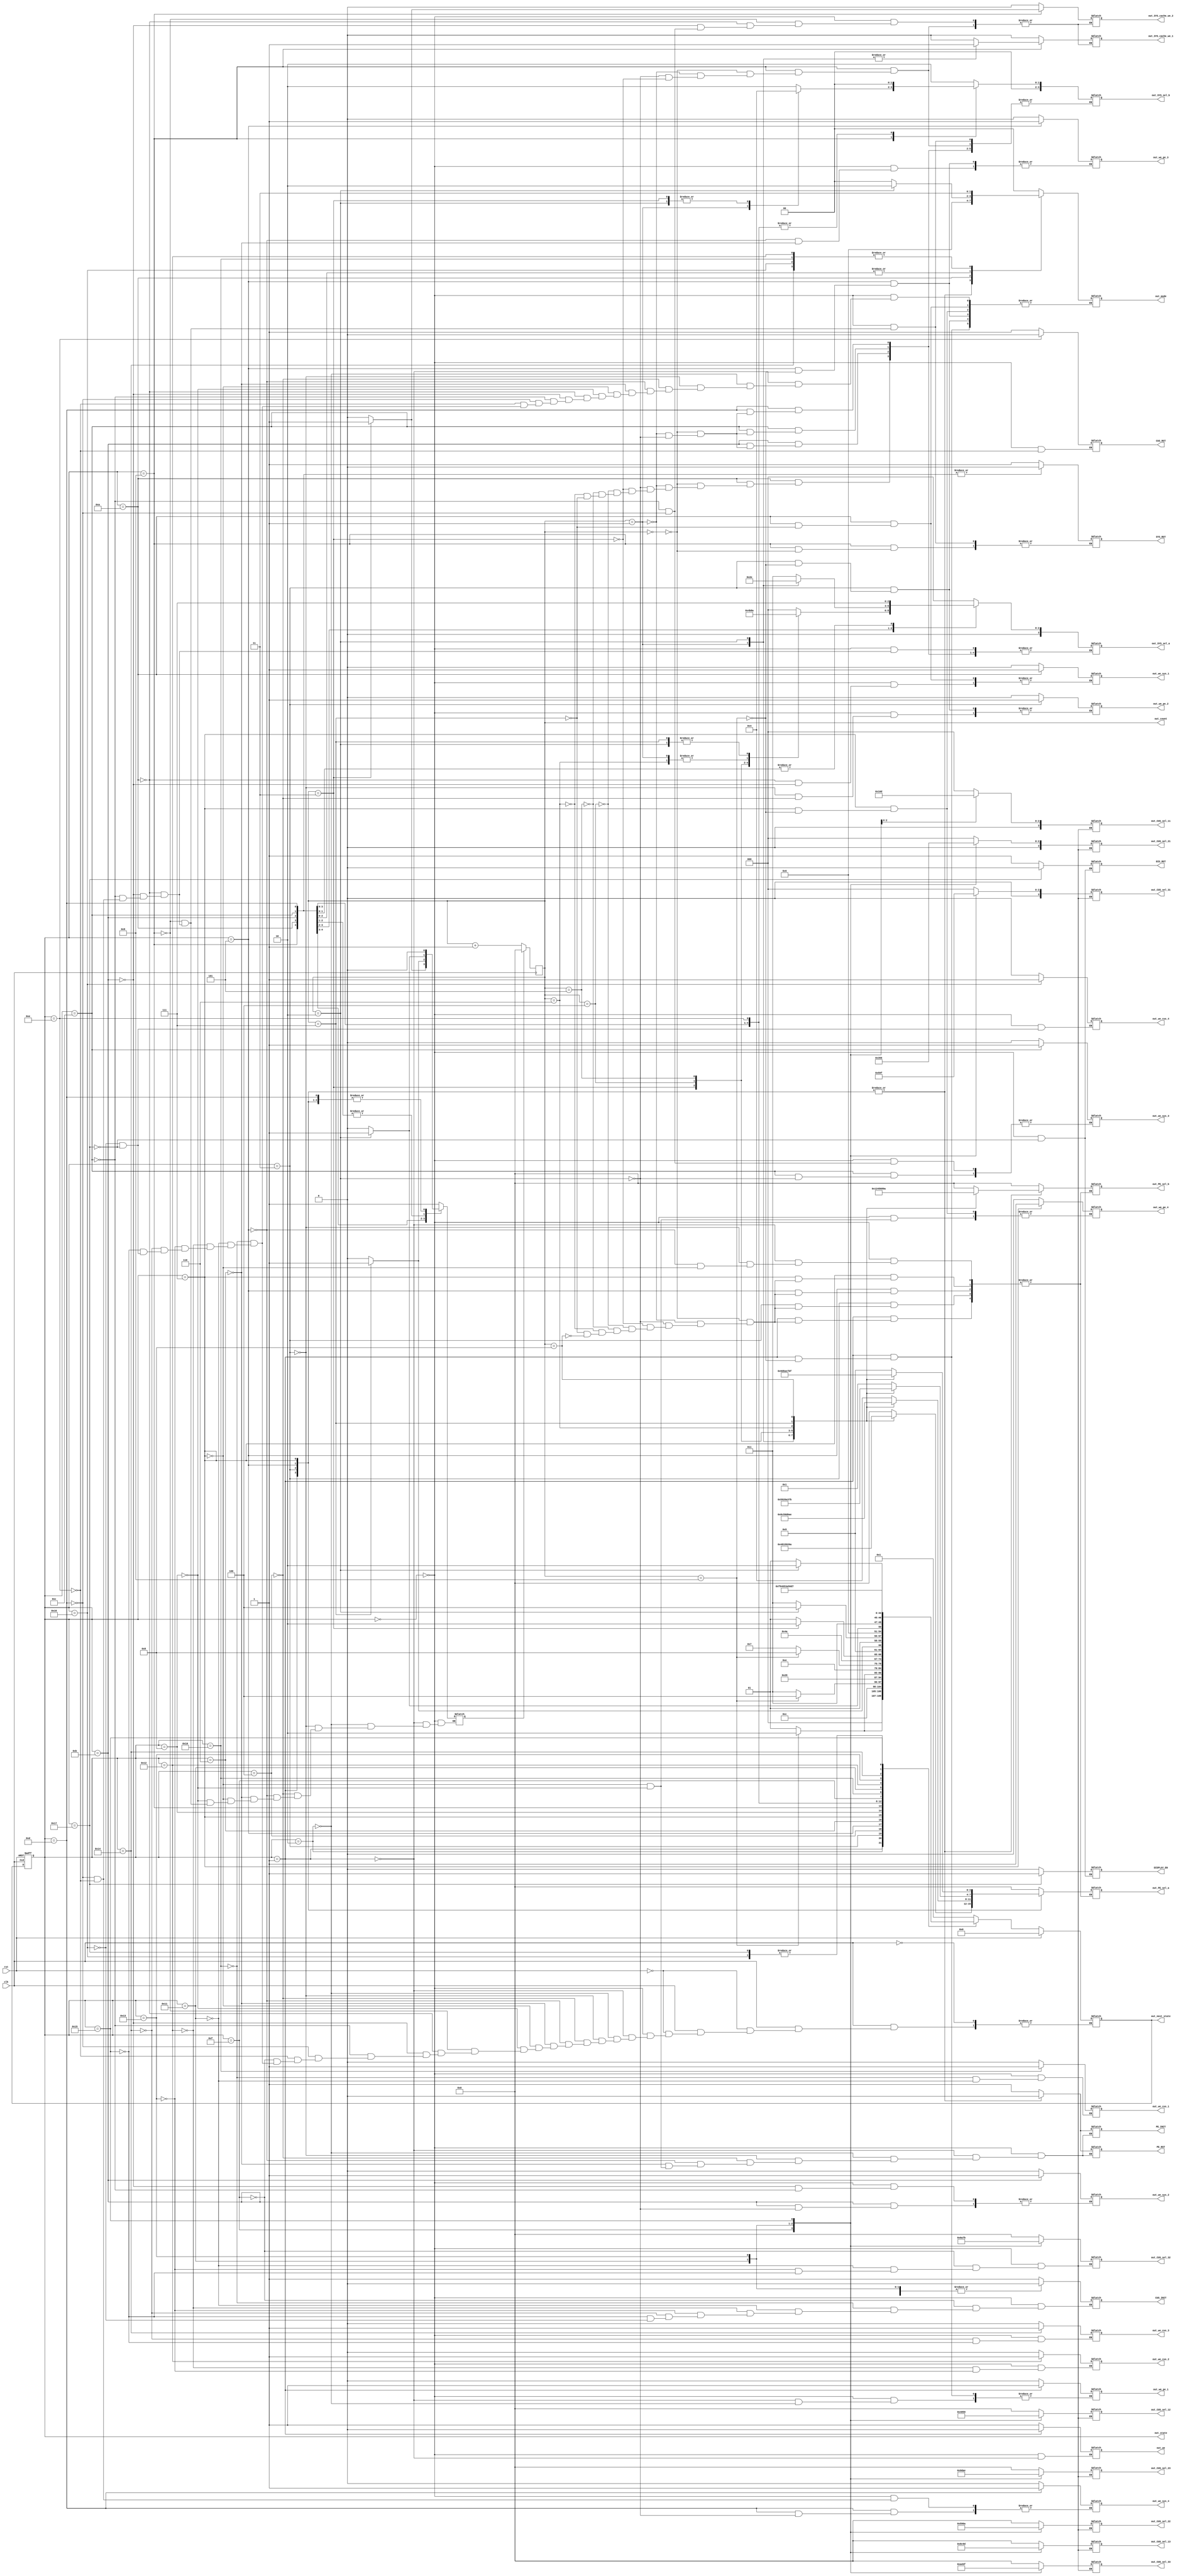
//Controller Module

module controller_module(
	input clk,
	input rst,
	
	output [3:0] out_count,
	output [4:0] out_state, out_next_state,
	output PE_INIT, CUS_INIT, PE_RST, SYS_RST, CUS_RST, DIS_RST,
	output out_SYS_cache_we_1,out_SYS_cache_we_2,
	output DISPLAY_EN,
	output [3:0] out_PE_sel_a, out_PE_sel_b,
		     out_SYS_sel_a, out_SYS_sel_b,
		     out_CUS_sel_11, out_CUS_sel_12, out_CUS_sel_13,
		     out_CUS_sel_21, out_CUS_sel_22, out_CUS_sel_23,
		     out_CUS_sel_31, out_CUS_sel_32, out_CUS_sel_33,
	output [1:0] out_mode,
	
	output out_we,
	output out_we_pe_1, out_we_pe_2, out_we_pe_3, out_we_pe_4,
	out_we_sys_1, out_we_sys_2, out_we_sys_3, out_we_sys_4,
	out_we_cus_1, out_we_cus_2, out_we_cus_3, out_we_cus_4);
	
	reg PE_en, SYS_en, CUS_en;
	reg DISPLAY_en, DIS_rst;
	reg PE_clear, PE_rst, SYS_clear, CUS_clear, CUS_rst;
	reg count_clear;
	reg [3:0]count;
	reg mem_write;
    	reg sys_to_dis, cus_to_dis;
    	reg comp_end;
	reg SYS_cache_we_1,SYS_cache_we_2;
	reg [3:0] PE_sel_a, PE_sel_b,
		  SYS_sel_a, SYS_sel_b,
		  CUS_sel_11, CUS_sel_12, CUS_sel_13,
		  CUS_sel_21, CUS_sel_22, CUS_sel_23,
		  CUS_sel_31, CUS_sel_32, CUS_sel_33;
	reg [1:0] mode;
	
	reg we;
	reg we_pe_1, we_pe_2, we_pe_3, we_pe_4,
	we_sys_1, we_sys_2, we_sys_3, we_sys_4,
	we_cus_1, we_cus_2, we_cus_3, we_cus_4;
	reg [4:0] state, next_state;
///////////////////////////////////////////////////////////////////////////////////////////////////////////////////////////////////////////////////
///////////////////////////////////////////////////////////////////////////////////////////////////////////////////////////////////////////////////
	//States
	parameter INITIAL = 5'd0,
		  PE_C11 = 5'd1, PE_C11_END= 5'd2, PE_C12 = 5'd3, PE_C12_END= 5'd4, PE_C21 = 5'd5, PE_C21_END= 5'd6, PE_C22 = 5'd7, PE_C22_END= 5'd8,
		  SYS_B_FIX = 5'd9, SYS_C11 = 5'd10, SYS_C12= 5'd11, SYS_C21 = 5'd12, SYS_C22= 5'd13, SYS_C22_END= 5'd14,
		  CUS_C11 = 5'd15, CUS_C11_END= 5'd16, CUS_C12 = 5'd17, CUS_C12_END= 5'd18, CUS_C21 = 5'd19, CUS_C21_END= 5'd20, CUS_C22 = 5'd21, CUS_C22_END= 5'd22,
		  DISPLAY = 5'd23;
///////////////////////////////////////////////////////////////////////////////////////////////////////////////////////////////////////////////////
///////////////////////////////////////////////////////////////////////////////////////////////////////////////////////////////////////////////////
	//Count for PE State
	always @ (posedge clk)
		begin
    			if (count_clear == 1'b1) 
				begin
        				count = 4'd0;
    				end 
			else 
				begin
        				count = count + 1'b1;
    				end
		end
///////////////////////////////////////////////////////////////////////////////////////////////////////////////////////////////////////////////////
///////////////////////////////////////////////////////////////////////////////////////////////////////////////////////////////////////////////////
	// Change_state  (Sequential Logic)
	always @ (posedge clk, posedge rst) 
		begin 
	    		if (rst == 1'b1) 
			begin
 	       			state <= INITIAL;
    			end
			else 
			begin
        			state <= next_state;
    			end
		end

///////////////////////////////////////////////////////////////////////////////////////////////////////////////////////////////////////////////////
///////////////////////////////////////////////////////////////////////////////////////////////////////////////////////////////////////////////////
	//Determine the next state
	always @ (clk, state, count) 
	begin
	
	if(clk == 1)
		begin
		if (rst == 1'b1)
			next_state = INITIAL;
		else
		begin
			case (state)
        		INITIAL : next_state = PE_C11;
        		//PE Computation States
        		PE_C11 : begin
            			if (count == 4'b1001) 
					begin
                				next_state = PE_C11_END;
            				end 
				else 
					begin
                				next_state = PE_C11;
            				end
        			end
       
			PE_C11_END : next_state = PE_C12;
			PE_C12 : begin
            			if (count == 4'b1001) 
					begin
                				next_state = PE_C12_END;
            				end 
				else 
					begin
                				next_state = PE_C12;
            				end
        			end

        		PE_C12_END : next_state = PE_C21;
			PE_C21 : begin
            			if (count == 4'b1001) 
					begin
                				next_state = PE_C21_END;
            				end 
				else 
					begin
                				next_state = PE_C21;
            				end
        			end
       
			PE_C21_END : next_state = PE_C22;
			PE_C22 : begin
            			if (count == 4'b1001) 
					begin
                				next_state = PE_C22_END;
            				end 
				else 
					begin
                				next_state = PE_C22;
            				end
        			end

        		PE_C22_END : next_state = SYS_B_FIX;
			//Systolic Computation States
			SYS_B_FIX : begin
            			if (count == 4'b0011) 
					begin
                				next_state = SYS_C11;
            				end 
				else 
					begin
                				next_state = SYS_B_FIX;
            				end
        			end
			
        		SYS_C11 : begin
            			if (count == 4'b0111) 
					begin
                				next_state = SYS_C12;
            				end 
				else 
					begin
                				next_state = SYS_C11;
            				end
        			end
       
			
			SYS_C12 : begin
            			if (count == 4'b0010) 
					begin
                				next_state = SYS_C21;
            				end 
				else 
					begin
                				next_state = SYS_C12;
            				end
        			end

        		
			SYS_C21 : begin
            			if (count == 4'b0010) 
					begin
                				next_state = SYS_C22;
            				end 
				else 
					begin
                				next_state = SYS_C21;
            				end
        			end
       
			
			SYS_C22 : begin
            			if (count == 4'b0010) 
					begin
                				next_state = SYS_C22_END;
            				end 
				else 
					begin
                				next_state = SYS_C22;
            				end
        			end

        		SYS_C22_END : next_state = CUS_C11;
			//Custom Mode Computation States
        		CUS_C11 : begin
                			next_state = CUS_C11_END;
        			end
       
			CUS_C11_END : next_state = CUS_C12;
			CUS_C12 : begin
                			next_state = CUS_C12_END;
        			end

        		CUS_C12_END : next_state = CUS_C21;
			CUS_C21 : begin
            			
                			next_state = CUS_C21_END;
            			
        			end
       
			CUS_C21_END : next_state = CUS_C22;
			CUS_C22 : begin
            			 	next_state = CUS_C22_END;
        			end

        		CUS_C22_END : next_state = DISPLAY;
			//Display
			DISPLAY : next_state = DISPLAY;
			
			endcase
			end
		end
	end
	/*always @ (state or count) //Due to Synthesis -> Divide the code of trigger(posedge clk / state or count)
	begin
		if (rst == 1'b1)
			next_state = INITIAL;
		else
		begin
			case (state)
        		INITIAL : next_state = PE_C11;
        		//PE Computation States
        		PE_C11 : begin
            			if (count == 4'b1001) 
					begin
                				next_state = PE_C11_END;
            				end 
				else 
					begin
                				next_state = PE_C11;
            				end
        			end
       
			PE_C11_END : next_state = PE_C12;
			PE_C12 : begin
            			if (count == 4'b1001) 
					begin
                				next_state = PE_C12_END;
            				end 
				else 
					begin
                				next_state = PE_C12;
            				end
        			end

        		PE_C12_END : next_state = PE_C21;
			PE_C21 : begin
            			if (count == 4'b1001) 
					begin
                				next_state = PE_C21_END;
            				end 
				else 
					begin
                				next_state = PE_C21;
            				end
        			end
       
			PE_C21_END : next_state = PE_C22;
			PE_C22 : begin
            			if (count == 4'b1001) 
					begin
                				next_state = PE_C22_END;
            				end 
				else 
					begin
                				next_state = PE_C22;
            				end
        			end

        		PE_C22_END : next_state = SYS_B_FIX;
			//Systolic Computation States
			SYS_B_FIX : begin
            			if (count == 4'b0011) 
					begin
                				next_state = SYS_C11;
            				end 
				else 
					begin
                				next_state = SYS_B_FIX;
            				end
        			end
			
        		SYS_C11 : begin
            			if (count == 4'b0111) 
					begin
                				next_state = SYS_C12;
            				end 
				else 
					begin
                				next_state = SYS_C11;
            				end
        			end
       
			
			SYS_C12 : begin
            			if (count == 4'b0010) 
					begin
                				next_state = SYS_C21;
            				end 
				else 
					begin
                				next_state = SYS_C12;
            				end
        			end

        		
			SYS_C21 : begin
            			if (count == 4'b0010) 
					begin
                				next_state = SYS_C22;
            				end 
				else 
					begin
                				next_state = SYS_C21;
            				end
        			end
       
			
			SYS_C22 : begin
            			if (count == 4'b0010) 
					begin
                				next_state = SYS_C22_END;
            				end 
				else 
					begin
                				next_state = SYS_C22;
            				end
        			end

        		SYS_C22_END : next_state = CUS_C11;
			//Custom Mode Computation States
        		CUS_C11 : begin
                			next_state = CUS_C11_END;
        			end
       
			CUS_C11_END : next_state = CUS_C12;
			CUS_C12 : begin
                			next_state = CUS_C12_END;
        			end

        		CUS_C12_END : next_state = CUS_C21;
			CUS_C21 : begin
            			
                			next_state = CUS_C21_END;
            			
        			end
       
			CUS_C21_END : next_state = CUS_C22;
			CUS_C22 : begin
            			 	next_state = CUS_C22_END;
        			end

        		CUS_C22_END : next_state = DISPLAY;
			//Display
			DISPLAY : next_state = DISPLAY;
			
			endcase
		end
	end*/

///////////////////////////////////////////////////////////////////////////////////////////////////////////////////////////////////////////////////
///////////////////////////////////////////////////////////////////////////////////////////////////////////////////////////////////////////////////
//Determine the select bit & behavior
	always @ (state or count)
		begin 
    			case (state)
        			INITIAL : 
					begin
						we = 1'b1;
						PE_en = 1'b0; PE_clear = 1'b1; PE_rst=1'b1;
            					SYS_en = 1'b0; SYS_clear = 1'b1;
            					CUS_en = 1'b0; CUS_clear = 1'b1; CUS_rst = 1'b1;
            					DISPLAY_en = 1'b0; DIS_rst = 1'b1;
            					PE_sel_a = 4'b0000; PE_sel_b = 4'b0000;
						SYS_cache_we_1 = 1'b0; SYS_cache_we_2 = 1'b0;
						SYS_sel_a = 4'b0000; SYS_sel_b = 4'b0010;
		  				CUS_sel_11 = 4'b0000; CUS_sel_12 = 4'b0000; CUS_sel_13 = 4'b0000;
		  				CUS_sel_21 = 4'b0000; CUS_sel_22 = 4'b0000; CUS_sel_23 = 4'b0000;
		  				CUS_sel_31 = 4'b0000; CUS_sel_32 = 4'b0000; CUS_sel_33 = 4'b0000;
						mode = 2'b00;
						we_pe_1 = 1'b0; we_pe_2 = 1'b0; we_pe_3 = 1'b0; we_pe_4 = 1'b0;
						we_sys_1 = 1'b0; we_sys_2 = 1'b0; we_sys_3 = 1'b0; we_sys_4 = 1'b0;
						we_cus_1 = 1'b0; we_cus_2 = 1'b0; we_cus_3 = 1'b0; we_cus_4 = 1'b0;
            					count_clear = 1'b1; 
        				end
			//PE Computation
        			PE_C11 : //PE_C11 
					begin            					
            					PE_en = 1'b1; PE_clear = 1'b0; PE_rst=1'b0; we = 1'b0;
						count_clear = 1'b0; 
            					case (count)
                					4'b0000 : begin PE_sel_a = 4'b0000; PE_sel_b = 4'b0000; end
                					4'b0001 : begin PE_sel_a = 4'b0100; PE_sel_b = 4'b0001; end
                					4'b0010 : begin PE_sel_a = 4'b1000; PE_sel_b = 4'b0010; end
               						4'b0011 : begin PE_sel_a = 4'b0001; PE_sel_b = 4'b0100; end
                					4'b0100 : begin PE_sel_a = 4'b0101; PE_sel_b = 4'b0101; end
                					4'b0101 : begin PE_sel_a = 4'b1001; PE_sel_b = 4'b0110; end
                					4'b0110 : begin PE_sel_a = 4'b0010; PE_sel_b = 4'b1000; end
                					4'b0111 : begin PE_sel_a = 4'b0110; PE_sel_b = 4'b1001; end
                					4'b1000 : begin PE_sel_a = 4'b1010; PE_sel_b = 4'b1010; end
							4'b1001 : begin mode = 2'b01;  we_pe_1 = 1'b1; end
						endcase
						
					end
				PE_C11_END :
					begin
            					
            					count_clear = 1'b1; PE_clear = 1'b1; PE_rst=1'b1; mode = 2'b00; we_pe_1 = 1'b0;
					end
				PE_C12 : //PE_C12
					begin
            					count_clear = 1'b0; PE_clear = 1'b0; PE_rst=1'b0;
            					case (count)
                					4'b0000 : begin PE_sel_a = 4'b0100; PE_sel_b = 4'b0000; end
                					4'b0001 : begin PE_sel_a = 4'b1000; PE_sel_b = 4'b0001; end
                					4'b0010 : begin PE_sel_a = 4'b1100; PE_sel_b = 4'b0010; end
               						4'b0011 : begin PE_sel_a = 4'b0101; PE_sel_b = 4'b0100; end
                					4'b0100 : begin PE_sel_a = 4'b1001; PE_sel_b = 4'b0101; end
                					4'b0101 : begin PE_sel_a = 4'b1101; PE_sel_b = 4'b0110; end
                					4'b0110 : begin PE_sel_a = 4'b0110; PE_sel_b = 4'b1000; end
                					4'b0111 : begin PE_sel_a = 4'b1010; PE_sel_b = 4'b1001; end
                					4'b1000 : begin PE_sel_a = 4'b1110; PE_sel_b = 4'b1010; end
							4'b1001 : begin mode = 2'b01;  we_pe_2 = 1'b1; end
						endcase
					end
				PE_C12_END :
					begin
            					
            					count_clear = 1'b1; PE_clear = 1'b1; PE_rst=1'b1; mode = 2'b00; we_pe_2 = 1'b0;
					end		
				PE_C21 : //PE_C21
					begin
            					count_clear = 1'b0; PE_clear = 1'b0; PE_rst=1'b0;
            					case (count)
                					4'b0000 : begin PE_sel_a = 4'b0001; PE_sel_b = 4'b0000; end
                					4'b0001 : begin PE_sel_a = 4'b0101; PE_sel_b = 4'b0001; end
                					4'b0010 : begin PE_sel_a = 4'b1001; PE_sel_b = 4'b0010; end
               						4'b0011 : begin PE_sel_a = 4'b0010; PE_sel_b = 4'b0100; end
                					4'b0100 : begin PE_sel_a = 4'b0110; PE_sel_b = 4'b0101; end
                					4'b0101 : begin PE_sel_a = 4'b1010; PE_sel_b = 4'b0110; end
                					4'b0110 : begin PE_sel_a = 4'b0011; PE_sel_b = 4'b1000; end
                					4'b0111 : begin PE_sel_a = 4'b0111; PE_sel_b = 4'b1001; end
                					4'b1000 : begin PE_sel_a = 4'b1011; PE_sel_b = 4'b1010; end
							4'b1001 : begin mode = 2'b01; we_pe_3 = 1'b1; end
						endcase
					end
				PE_C21_END :
					begin
            					
            					count_clear = 1'b1; PE_clear = 1'b1; PE_rst=1'b1; mode = 2'b00; we_pe_3 = 1'b0;
					end		

				PE_C22 : //PE_C22
					begin
            					count_clear = 1'b0; PE_clear = 1'b0; PE_rst=1'b0;
            					case (count)
                					4'b0000 : begin PE_sel_a = 4'b0101; PE_sel_b = 4'b0000; end
                					4'b0001 : begin PE_sel_a = 4'b1001; PE_sel_b = 4'b0001; end
                					4'b0010 : begin PE_sel_a = 4'b1101; PE_sel_b = 4'b0010; end
               						4'b0011 : begin PE_sel_a = 4'b0110; PE_sel_b = 4'b0100; end
                					4'b0100 : begin PE_sel_a = 4'b1010; PE_sel_b = 4'b0101; end
                					4'b0101 : begin PE_sel_a = 4'b1110; PE_sel_b = 4'b0110; end
                					4'b0110 : begin PE_sel_a = 4'b0111; PE_sel_b = 4'b1000; end
                					4'b0111 : begin PE_sel_a = 4'b1011; PE_sel_b = 4'b1001; end
                					4'b1000 : begin PE_sel_a = 4'b1111; PE_sel_b = 4'b1010; end
							4'b1001 : begin mode = 2'b01;  we_pe_4 = 1'b1; end
						endcase
					end
				PE_C22_END :
					begin
            					
						count_clear = 1'b1; PE_en=1'b0; PE_clear = 1'b1; PE_rst=1'b1; mode = 2'b00; we_pe_4 = 1'b0;
					end	
				//Systolic Computation
				SYS_B_FIX :
					begin
						SYS_en = 1'b1; 
						count_clear = 1'b0;
						case (count)
                					4'b0000 : begin SYS_clear = 1'b0; SYS_sel_b = 4'b0010; SYS_cache_we_1 = 1'b0; SYS_cache_we_2 = 1'b0; end
                					4'b0001 : begin SYS_sel_b = 4'b0001; SYS_cache_we_1 = 1'b1; SYS_cache_we_2 = 1'b0; end
                					4'b0010 : begin SYS_sel_b = 4'b0000; SYS_cache_we_1 = 1'b1; SYS_cache_we_2 = 1'b0; end
               						4'b0011 : begin SYS_sel_b = 4'b0000; SYS_cache_we_1 = 1'b0; SYS_cache_we_2 = 1'b1; count_clear = 1'b1; end
							endcase
        				end
				
				SYS_C11 :
					begin
						SYS_en = 1'b1; SYS_clear = 1'b0;
						count_clear = 1'b0;
						SYS_cache_we_1 = 0;
						SYS_cache_we_2 = 0;
						case (count)
                					4'b0000 : begin SYS_sel_a = 4'b0000; SYS_sel_b = 4'b0000; end
                					4'b0001 : begin SYS_sel_a = 4'b0001; SYS_sel_b = 4'b0000; end
                					4'b0010 : begin SYS_sel_a = 4'b0010; SYS_sel_b = 4'b0000; end
               						4'b0011 : begin SYS_sel_a = 4'b0100; SYS_sel_b = 4'b0000; end
							4'b0100 : begin SYS_sel_a = 4'b0101; SYS_sel_b = 4'b0000; end
                					4'b0101 : begin SYS_sel_a = 4'b0110; SYS_sel_b = 4'b0000; end
                					4'b0110 : begin SYS_sel_a = 4'b0001; SYS_sel_b = 4'b0000; end
                					4'b0111 : begin SYS_sel_a = 4'b0010; SYS_sel_b = 4'b0000; mode = 2'b10; we_sys_1 = 1'b1; count_clear = 1'b1;   end
						endcase
        				end
        			
				SYS_C12 :
					begin
						SYS_en = 1'b1; SYS_clear = 1'b0;mode = 2'b00; we_sys_1 = 1'b0;
						count_clear = 1'b0;
						SYS_cache_we_1 = 0;
						SYS_cache_we_2 = 0;
						case (count)
                					4'b0000 : begin SYS_sel_a = 4'b0011; SYS_sel_b = 4'b0000; end
                					4'b0001 : begin SYS_sel_a = 4'b0101; SYS_sel_b = 4'b0000; end
                					4'b0010 : begin SYS_sel_a = 4'b0110; SYS_sel_b = 4'b0000; mode = 2'b10;  we_sys_2 = 1'b1; count_clear = 1'b1;   end
						endcase
        				end
				
				SYS_C21 :
					begin
						SYS_en = 1'b1; SYS_clear = 1'b0; mode = 2'b00; we_sys_2 = 1'b0;
						count_clear = 1'b0;
						SYS_cache_we_1 = 0;
						SYS_cache_we_2 = 0;
						case (count)
                					4'b0000 : begin SYS_sel_a = 4'b0111; SYS_sel_b = 4'b0000; end
                					4'b0001 : begin SYS_sel_a = 4'b0111; SYS_sel_b = 4'b0000; end
                					4'b0010 : begin SYS_sel_a = 4'b0111; SYS_sel_b = 4'b0000; mode = 2'b10;  we_sys_3 = 1'b1; count_clear = 1'b1;   end
						endcase
        				end
			
				SYS_C22 :
					begin
						SYS_en = 1'b1; SYS_clear = 1'b0; mode = 2'b00; we_sys_3 = 1'b0;
						count_clear = 1'b0;
						SYS_cache_we_1 = 0;
						SYS_cache_we_2 = 0;
						case (count)
                					4'b0000 : begin SYS_sel_a = 4'b0111; SYS_sel_b = 4'b0000; end
                					4'b0001 : begin SYS_sel_a = 4'b0111; SYS_sel_b = 4'b0000; end
                					4'b0010 : begin SYS_sel_a = 4'b0111; SYS_sel_b = 4'b0000; mode = 2'b10;  we_sys_4 = 1'b1; end
						endcase
        				end
				SYS_C22_END : 
					begin            					
            					SYS_sel_a = 4'b0000; SYS_sel_b = 4'b0000; mode = 2'b00; we_sys_4 = 1'b0;
						count_clear = 1'b1; SYS_en = 1'b0; SYS_clear = 1'b1; CUS_rst = 1'b0;   					
        				end
				//Custom Mode Computation
				CUS_C11 :
					begin
						CUS_en = 1'b1; CUS_clear = 1'b0;
						CUS_sel_11 = 4'b0000; CUS_sel_12 = 4'b0100; CUS_sel_13 = 4'b1000;
		  				CUS_sel_21 = 4'b0001; CUS_sel_22 = 4'b0101; CUS_sel_23 = 4'b1001;
		  				CUS_sel_31 = 4'b0010; CUS_sel_32 = 4'b0110; CUS_sel_33 = 4'b1010;
        				end
				CUS_C11_END : 
					begin            					
						CUS_en = 1'b0; CUS_clear = 1'b1; mode = 2'b11;  we_cus_1 = 1'b1;
        				end
				CUS_C12 :
					begin
						CUS_en = 1'b1; CUS_clear = 1'b0;
						CUS_sel_11 = 4'b0100; CUS_sel_12 = 4'b1000; CUS_sel_13 = 4'b1100;
		  				CUS_sel_21 = 4'b0101; CUS_sel_22 = 4'b1001; CUS_sel_23 = 4'b1101;
		  				CUS_sel_31 = 4'b0110; CUS_sel_32 = 4'b1010; CUS_sel_33 = 4'b1110;
						mode = 2'b00; we_cus_1 = 1'b0;
        				end
				CUS_C12_END : 
					begin            					
						CUS_en = 1'b0; CUS_clear = 1'b1; mode = 2'b11;  we_cus_2 = 1'b1;
        				end
				CUS_C21 :
					begin
						CUS_en = 1'b1; CUS_clear = 1'b0;
						CUS_sel_11 = 4'b0001; CUS_sel_12 = 4'b0101; CUS_sel_13 = 4'b1001;
		  				CUS_sel_21 = 4'b0010; CUS_sel_22 = 4'b0110; CUS_sel_23 = 4'b1010;
		  				CUS_sel_31 = 4'b0011; CUS_sel_32 = 4'b0111; CUS_sel_33 = 4'b1011;
						mode = 2'b00; we_cus_2 = 1'b0;
        				end
				CUS_C21_END : 
					begin            					
						CUS_en = 1'b0; CUS_clear = 1'b1; mode = 2'b11;  we_cus_3 = 1'b1;
					end
				CUS_C22 :
					begin
						CUS_en = 1'b1; CUS_clear = 1'b0;
						CUS_sel_11 = 4'b0101; CUS_sel_12 = 4'b1001; CUS_sel_13 = 4'b1101;
		  				CUS_sel_21 = 4'b0110; CUS_sel_22 = 4'b1010; CUS_sel_23 = 4'b1110;
		  				CUS_sel_31 = 4'b0111; CUS_sel_32 = 4'b1011; CUS_sel_33 = 4'b1111;
						mode = 2'b00; we_cus_3 = 1'b0;
        				end
				CUS_C22_END : 
					begin            					
						CUS_en = 1'b0; CUS_clear = 1'b1; mode = 2'b11;  we_cus_4 = 1'b1;
					end
				DISPLAY:
					begin
						DISPLAY_en =1'b1;  DIS_rst = 1'b0;
						mode = 2'b00; we_cus_4 = 1'b0;
						
					end
				endcase
			end
	assign out_count = count;
	assign PE_INIT = PE_clear;
	assign PE_RST = PE_rst;
	assign SYS_RST = SYS_clear;
	assign CUS_INIT = CUS_clear;
	assign CUS_RST = CUS_rst;
	assign DIS_RST = DIS_rst;
	assign DISPLAY_EN = DISPLAY_en;
	assign out_state = state;
	assign out_next_state = next_state;
	assign out_SYS_cache_we_1 = SYS_cache_we_1;
	assign out_SYS_cache_we_2 = SYS_cache_we_2;
	assign out_PE_sel_a = PE_sel_a;
	assign out_PE_sel_b = PE_sel_b;
	assign out_SYS_sel_a = SYS_sel_a;
	assign out_SYS_sel_b = SYS_sel_b;
	assign out_CUS_sel_11 = CUS_sel_11;
	assign out_CUS_sel_12 = CUS_sel_12;
	assign out_CUS_sel_13 = CUS_sel_13;
	assign out_CUS_sel_21 = CUS_sel_21;
	assign out_CUS_sel_22 = CUS_sel_22;
 	assign out_CUS_sel_23 = CUS_sel_23;
	assign out_CUS_sel_31 = CUS_sel_31;
	assign out_CUS_sel_32 = CUS_sel_32;
	assign out_CUS_sel_33 = CUS_sel_33;
	assign out_mode = mode;
	assign out_we = we;
	assign out_we_pe_1 = we_pe_1;
	assign out_we_pe_2 = we_pe_2;
	assign out_we_pe_3 = we_pe_3;
	assign out_we_pe_4 = we_pe_4;
	assign out_we_sys_1 = we_sys_1;
	assign out_we_sys_2 = we_sys_2;
	assign out_we_sys_3 = we_sys_3;
	assign out_we_sys_4 = we_sys_4;
	assign out_we_cus_1 = we_cus_1;
	assign out_we_cus_2 = we_cus_2;
	assign out_we_cus_3 = we_cus_3;
	assign out_we_cus_4 = we_cus_4;





endmodule